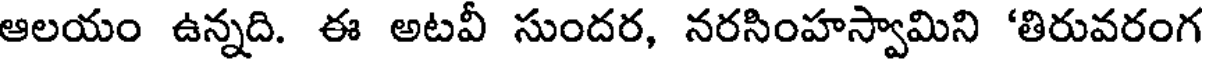
ఆలయం ఉన్నది. ఈ అటవీ సుందర, నరసింహస్వామిని 'తిరువరంగ